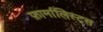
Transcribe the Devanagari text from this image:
फ़ार्मालिस्ट्स